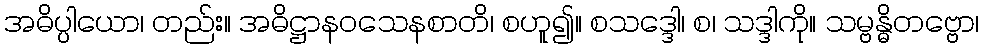
အဓိပ္ပါယော၊ တည်း။ အဓိဋ္ဌာနဝသေနစာတိ၊ စဟူ၍။ စသဒ္ဒေါ၊ စ၊ သဒ္ဒါကို။ သမ္ဗန္ဓိတဗ္ဗော၊